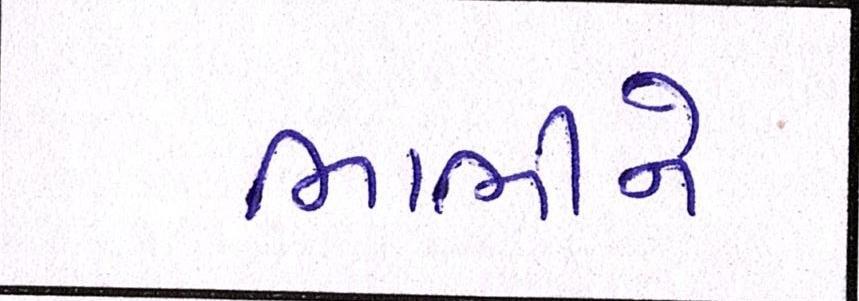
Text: ભાભીને